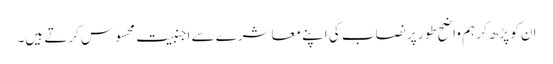
ان کو پڑھ کر ہم واضح طور پر نصاب کی اپنے معاشرے سے اجنبیت محسوس کرتے ہیں۔